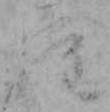
ら